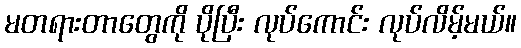
မတရားတာတွေကို ပိုပြီး လုပ်ကောင်း လုပ်လိမ့်မယ်။